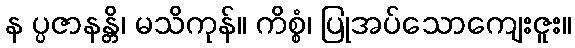
န ပ္ပဇာနန္တိ၊ မသိကုန်။ ကိစ္စံ၊ ပြုအပ်သောကျေးဇူး။